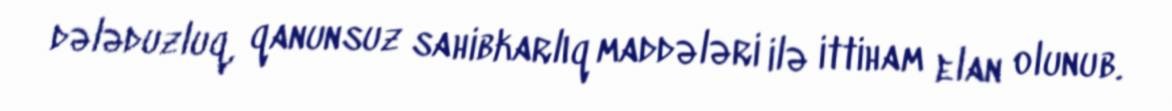
dələduzluq, qanunsuz sahibkarlıq maddələri ilə ittiham elan olunub.